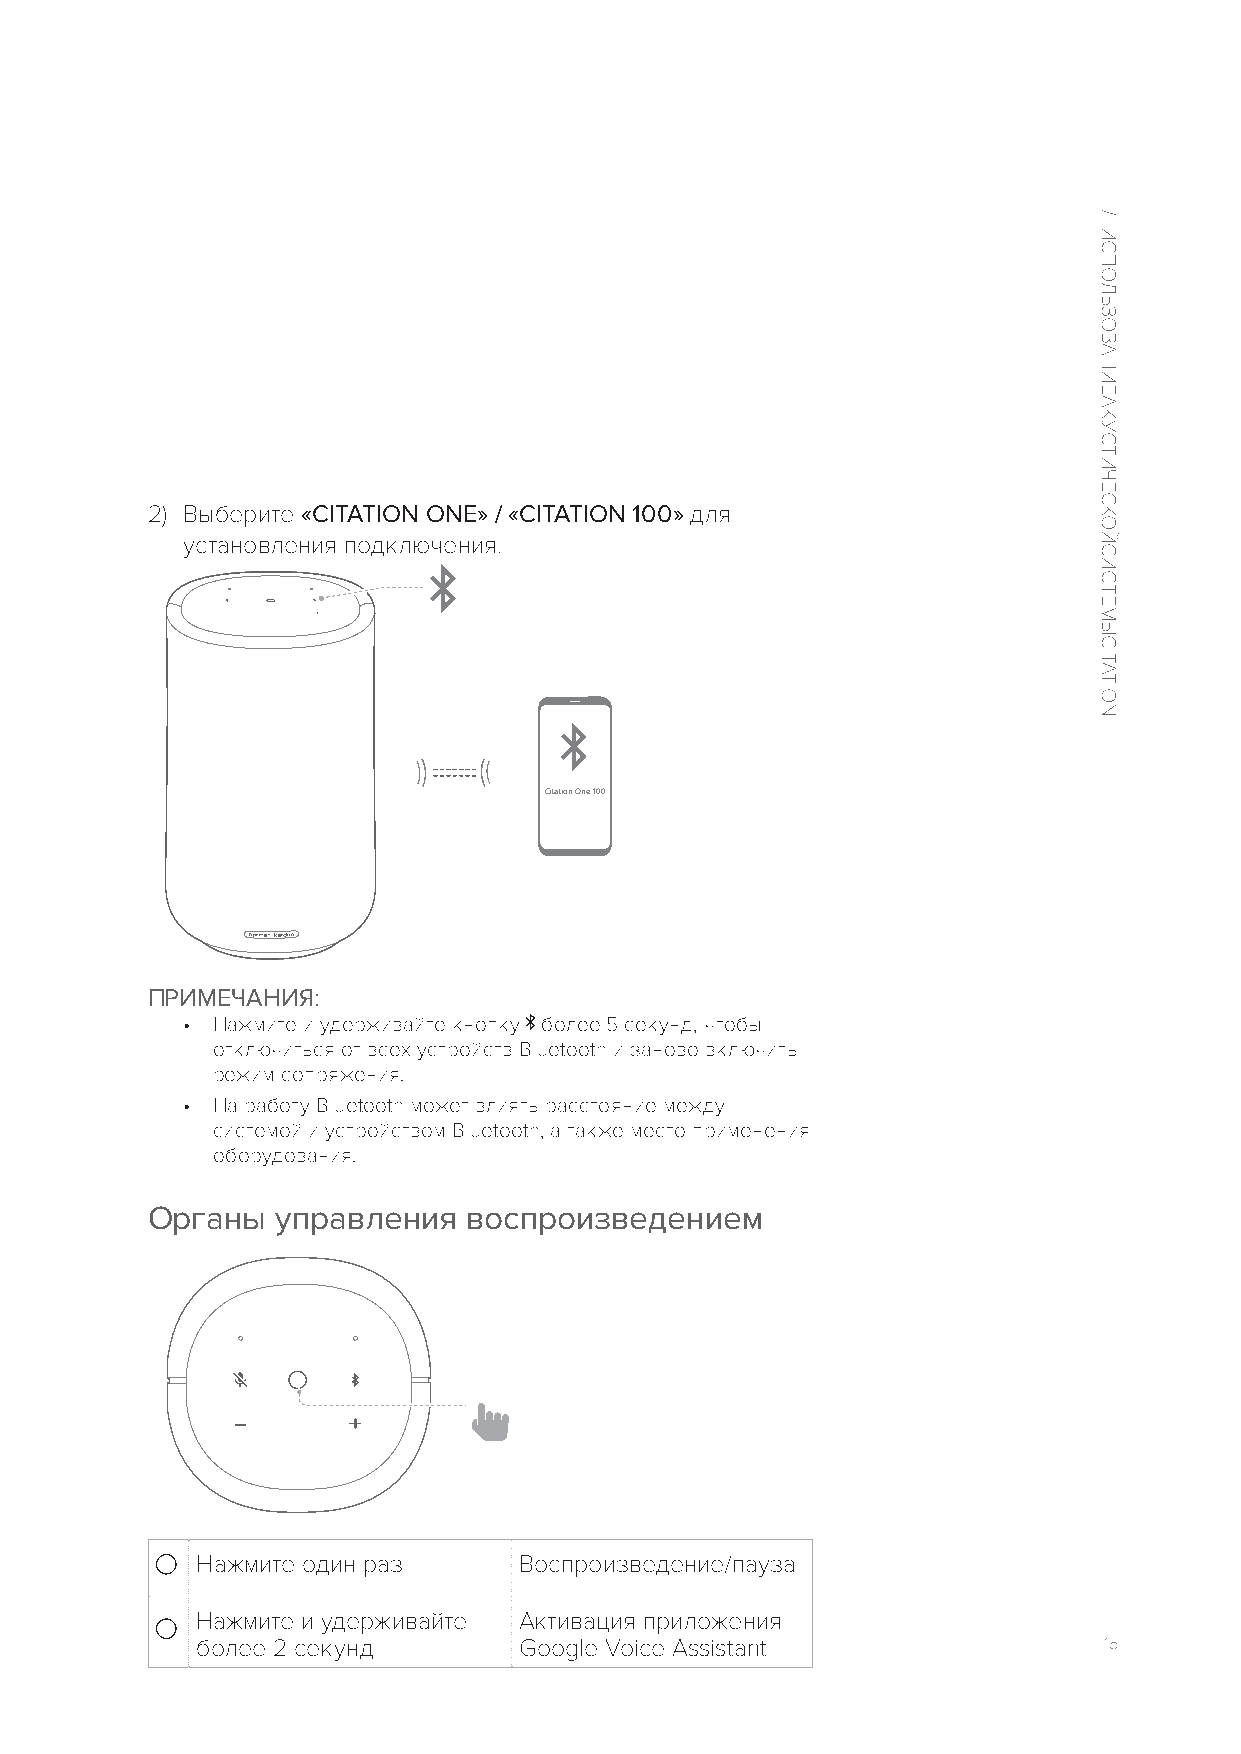
2) Выберите «CITATION ONE» / «CITATION 100» для
 установления подключения.
 Citation One 100
 ПРИМЕЧАНИЯ:
 • Нажмите и удерживайте кнопку более 5 секунд, чтобы
 отключиться от всех устройств Bluetooth и заново включить
 режим сопряжения.
 • На работу Bluetooth может влиять расстояние между
 системой и устройством Bluetooth, а также место применения
 оборудования.
 Органы  управления   воспроизведением
 Нажмите один раз     Воспроизведение/пауза
 Нажмите и удерживайте Активация приложения
 более 2 секунд       Google Voice Assistant                 15
 /
 ИСПОЛЬЗОВАНИЕ
 АКУСТИЧЕСКОЙ
 СИСТЕМЫ
 CITATION